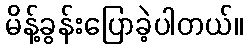
မိန့်ခွန်းပြောခဲ့ပါတယ်။